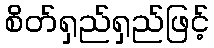
စိတ်ရှည်ရှည်ဖြင့်